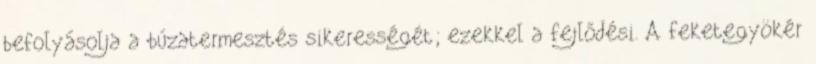
befolyásolja a búzatermesztés sikerességét; ezekkel a fejlődési. A feketegyökér